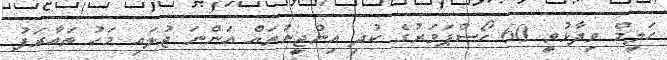
ހަލީމް ވިދާޅުވީ 60 ހޯސްޕަވަރުގެ ކުދި އިންޖީނުތައް އަންނަ ޖުލައި މަހު ތައާރަފު